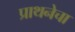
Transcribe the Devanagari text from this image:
प्राथनेचा